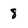
Character: 8